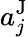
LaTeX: a_{j}^{\mathrm{J}}